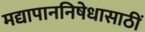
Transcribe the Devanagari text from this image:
मद्यापाननिषेधासाठीं